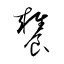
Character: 饔